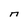
Character: n